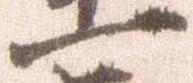
一